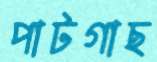
পাটগাছ